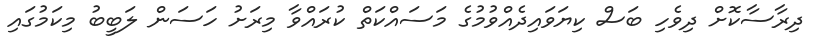
ދިރާސާކޮށް ދިވެހި ބަސް ކިޔަވައިދެއްވުމުގެ މަސައްކަތް ކުރައްވާ މިރަށު ހަސަން ލަބީބު މިކަމުގައި